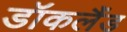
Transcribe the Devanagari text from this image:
डॉकलैंड